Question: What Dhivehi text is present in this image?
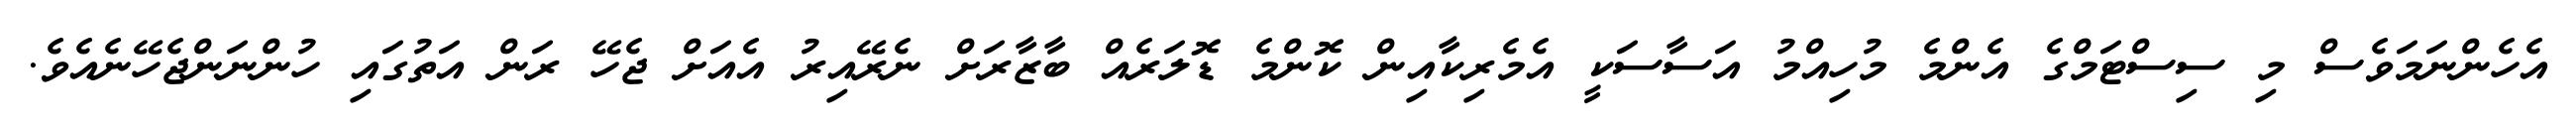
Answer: އެހެންނަމަވެސް މި ސިސްޓަމްގެ އެންމެ މުހިއްމު އަސާސަކީ އެމެރިކާއިން ކޮންމެ ޑޮލަރެއް ބާޒާރަށް ނެރޭއިރު އެއަށް ޖެހޭ ރަން އަތުގައި ހުންނަންޖެހޭނެއެވެ.